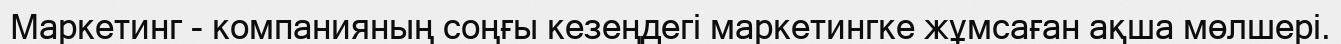
Маркетинг - компанияның соңғы кезеңдегі маркетингке жұмсаған ақша мөлшері.